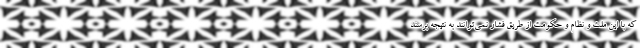
که با این ملت و نظام و حکومت از طریق فشار نمی‌توانند به نتیجه برسند